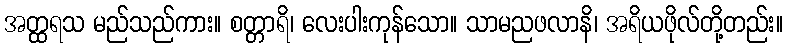
အတ္ထရသ မည်သည်ကား။ စတ္တာရိ၊ လေးပါးကုန်သော။ သာမညဖလာနိ၊ အရိယဖိုလ်တို့တည်း။